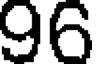
96